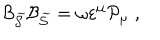
LaTeX: { \cal B } _ { \widetilde { { \cal S } } } { \cal B } _ { \widetilde { { \cal S } } } = \omega \varepsilon ^ { \mu } { \cal P } _ { \mu } \; ,